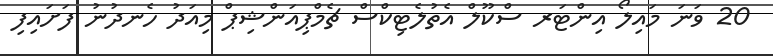
20 ވަނަ މައިލޯ އިންޓަރ ސްކޫލް އެތުލެޓިކްސް ޗެމްޕިއަންޝިޕް މިއަދު ހެނދުނު ފަށައިފި